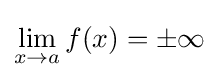
\lim _{x\to a}f(x)=\pm \infty